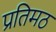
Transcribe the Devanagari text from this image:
प्रतिमठ